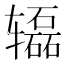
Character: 𰺢